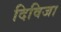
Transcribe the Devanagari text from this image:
दिविजा